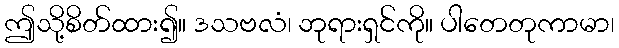
ဤသို့စိတ်ထား၍။ ဒသဗလံ၊ ဘုရားရှင်ကို။ ပါတေတုကာမာ၊